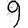
Digit: 9